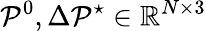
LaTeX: \mathcal{P}^{0},\Delta\mathcal{P}^{\star}\in\mathbb{R}^{N\times 3}